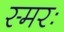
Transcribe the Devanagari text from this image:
स्मरः